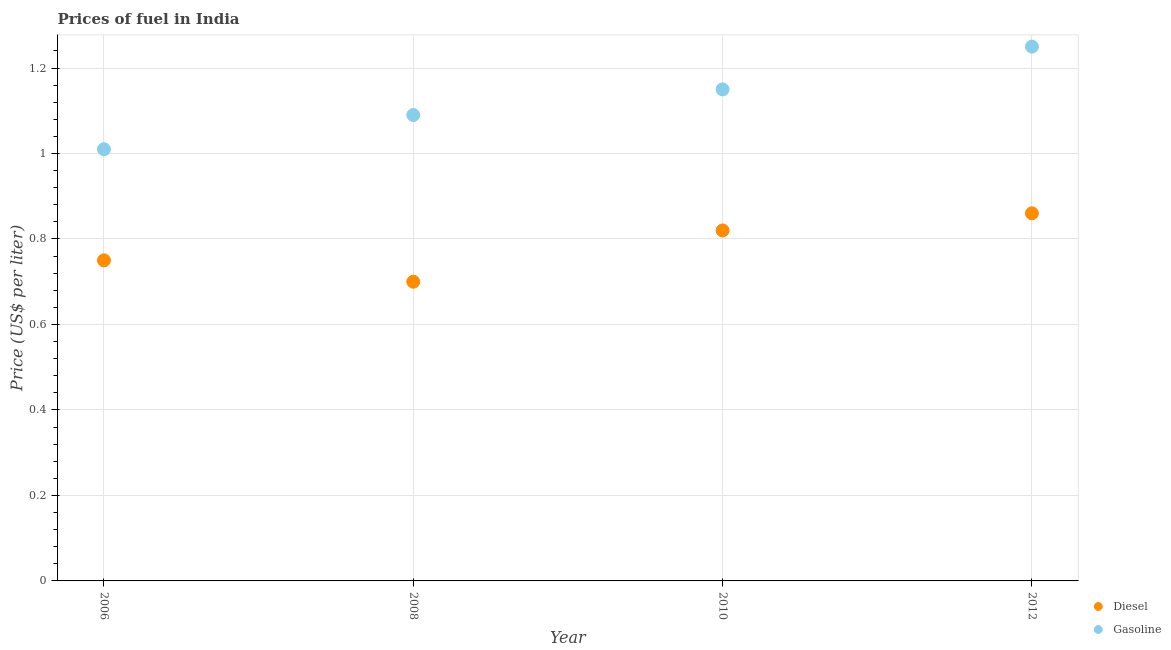
| Year | Diesel | Gasoline |
 | --- | --- | --- |
 | 2006 | 0.75 | 1.01 |
 | 2008 | 0.7 | 1.09 |
 | 2010 | 0.82 | 1.15 |
 | 2012 | 0.86 | 1.25 |